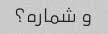
و شماره؟